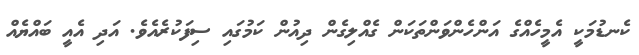
ކެނޑުމަކީ އެމީހެއްގެ އަންހެންވަންތަކަން ގެއްލިގެން ދިއުން ކަމުގައި ސިފަކުރެއެވެ. އަދި އެއީ ބައްޔެއް